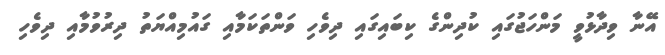
އޭނާ ވިދާޅުވީ މަންހަޖުގައި ކުދިންގެ ކިބައިގައި ދިވެހި ވަންތަކަމާއި ގައުމިއްޔަތު ދިރުވުމާއި ދިވެހި